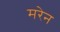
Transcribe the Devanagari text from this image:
मरेन